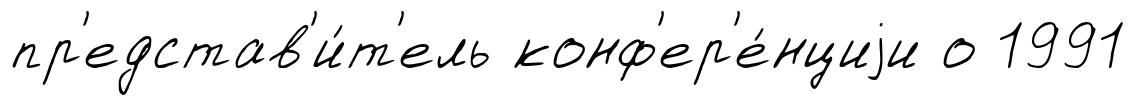
пр'едстав'и́т'ель конф'ер'е́нциjи о 1991